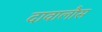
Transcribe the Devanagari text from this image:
दावालौस